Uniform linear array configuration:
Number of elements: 32
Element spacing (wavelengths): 1
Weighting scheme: exponential
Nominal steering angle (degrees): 15
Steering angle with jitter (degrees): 13.897
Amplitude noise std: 0.05
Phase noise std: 0.05

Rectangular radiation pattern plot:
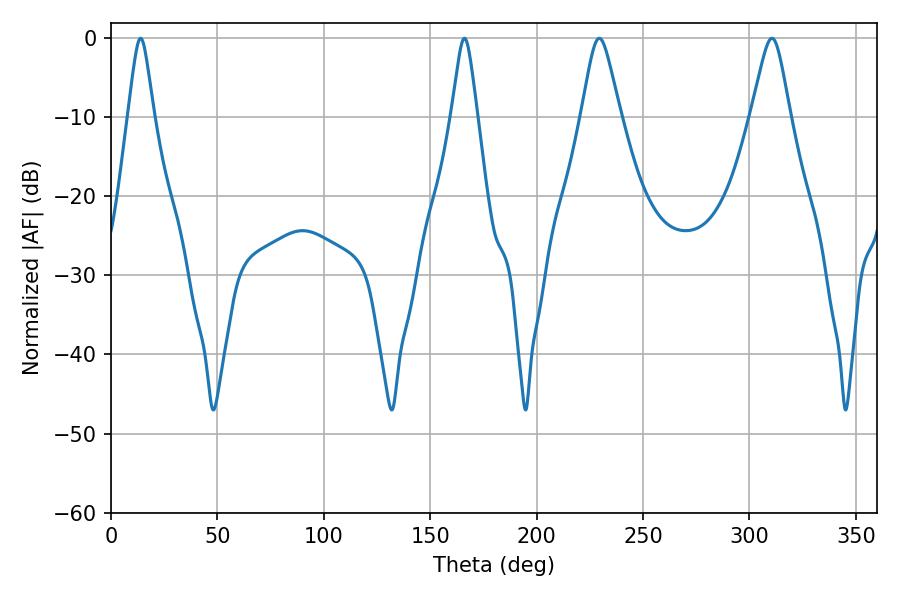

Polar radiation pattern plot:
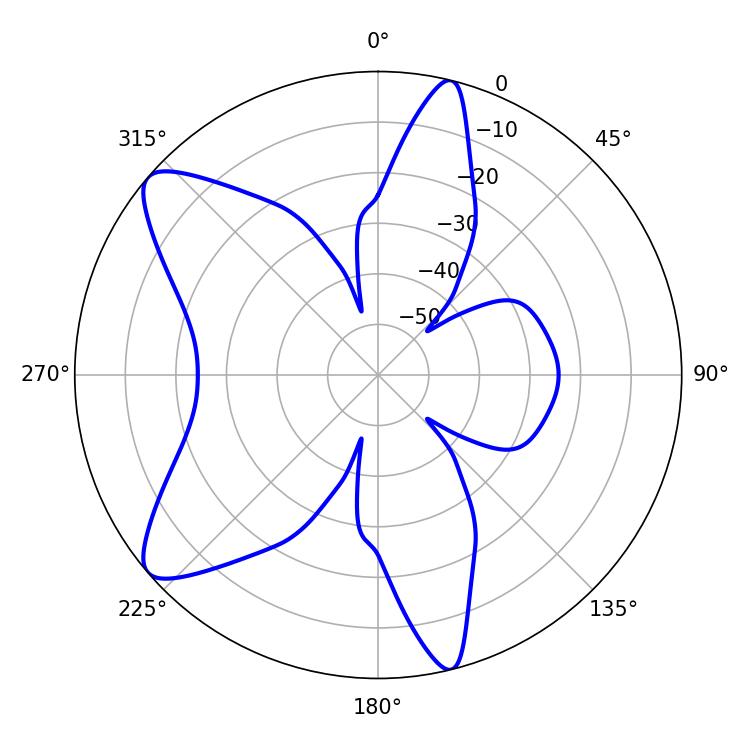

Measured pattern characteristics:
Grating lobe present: TRUE
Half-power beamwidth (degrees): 8.82
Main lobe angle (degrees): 229.5